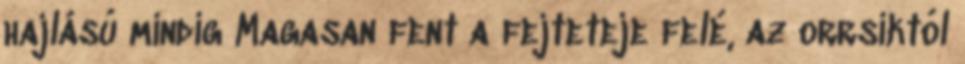
hajlású mindig Magasan fent a fejteteje felé, az orrsíktól